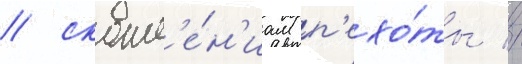
/ скопл'е́н'иам п'ехо́ты //